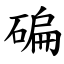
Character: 碥